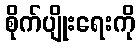
စိုက်ပျိုးရေးကို